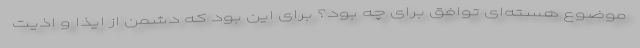
موضوع هسته‌ای توافق برای چه بود؟ برای این بود که دشمن از ایذا و اذیت